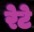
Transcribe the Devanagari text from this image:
रेटे